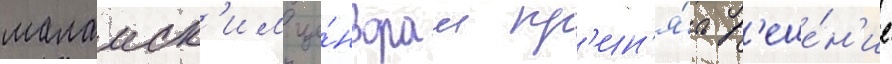
малаиск'им це́нзорам пр'ин'я́ть р'еше́н'ие